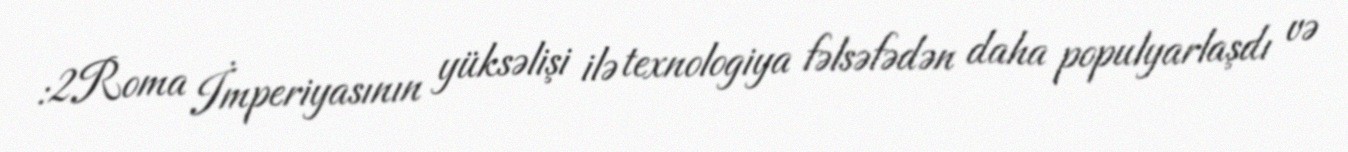
:2Roma İmperiyasının yüksəlişi ilə texnologiya fəlsəfədən daha populyarlaşdı və